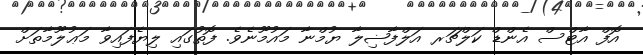
އޮފް އާޓްސް އެންޑް ކަލްޗަރ އަލްފާޟިލާ ޔުމްނާ މައުމޫނެވެ. ފޮތުގައި ލިޔެފައިވާ މަޢުލޫމާތަށް